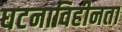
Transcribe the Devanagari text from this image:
घटनाविहीनता